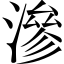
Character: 滲